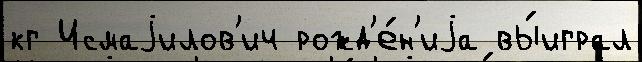
кг Исмаjилов'ич рожд'е́н'иjа вы́играл